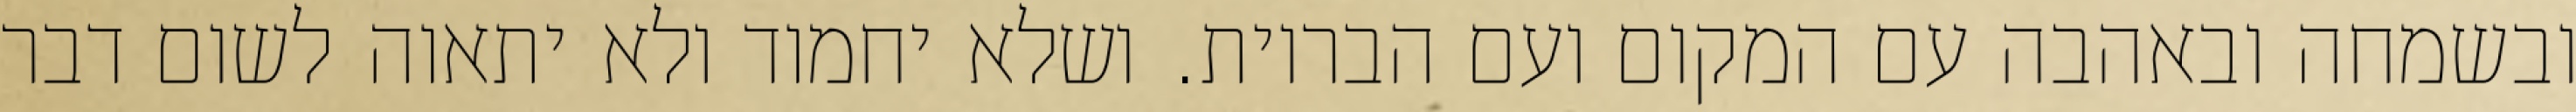
ובשמחה ובאהבה עם המקום ועם הבריות. ושלא יחמוד ולא יתאוה לשום דבר